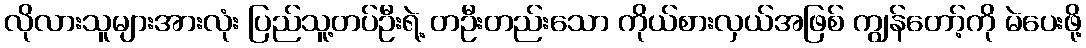
လိုလားသူများအားလုံး ပြည်သူ့တပ်ဦးရဲ့ တဦးတည်းသော ကိုယ်စားလှယ်အဖြစ် ကျွန်တော့်ကို မဲပေးဖို့